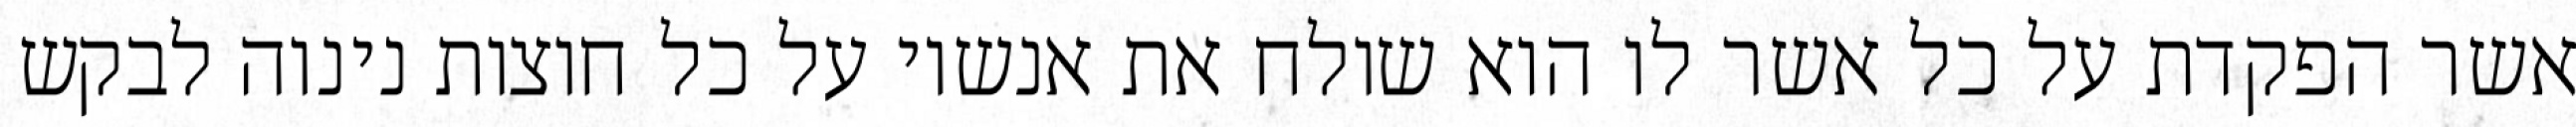
אשר הפקדת על כל אשר לו הוא שולח את אנשיו על כל חוצות נינוה לבקש